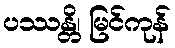
ပဿန္တိ၊ မြင်ကုန်